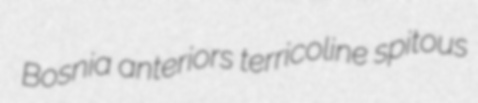
Bosnia anteriors terricoline spitous